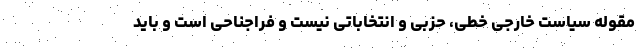
مقوله سیاست خارجی خطی، حزبی و انتخاباتی نیست و فراجناحی است و باید